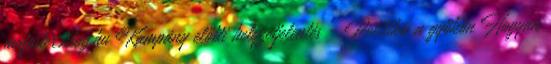
mrfoster.blog.hu Kampány előtti helyzetjelentés - Politika a gyökön Hogyan